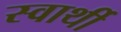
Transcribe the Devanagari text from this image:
स्‍वार्थी